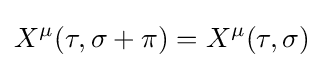
X^{\mu }(\tau ,\sigma +\pi )=X^{\mu }(\tau ,\sigma )